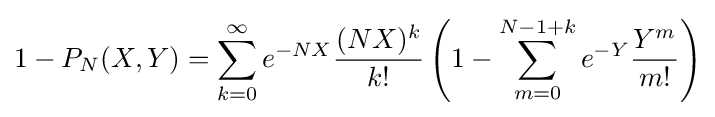
1-P_{N}(X,Y)=\sum _{k=0}^{\infty }e^{-NX}{\frac {(NX)^{k}}{k!}}\left(1-\sum _{m=0}^{N-1+k}e^{-Y}{\frac {Y^{m}}{m!}}\right)